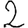
Digit: 2